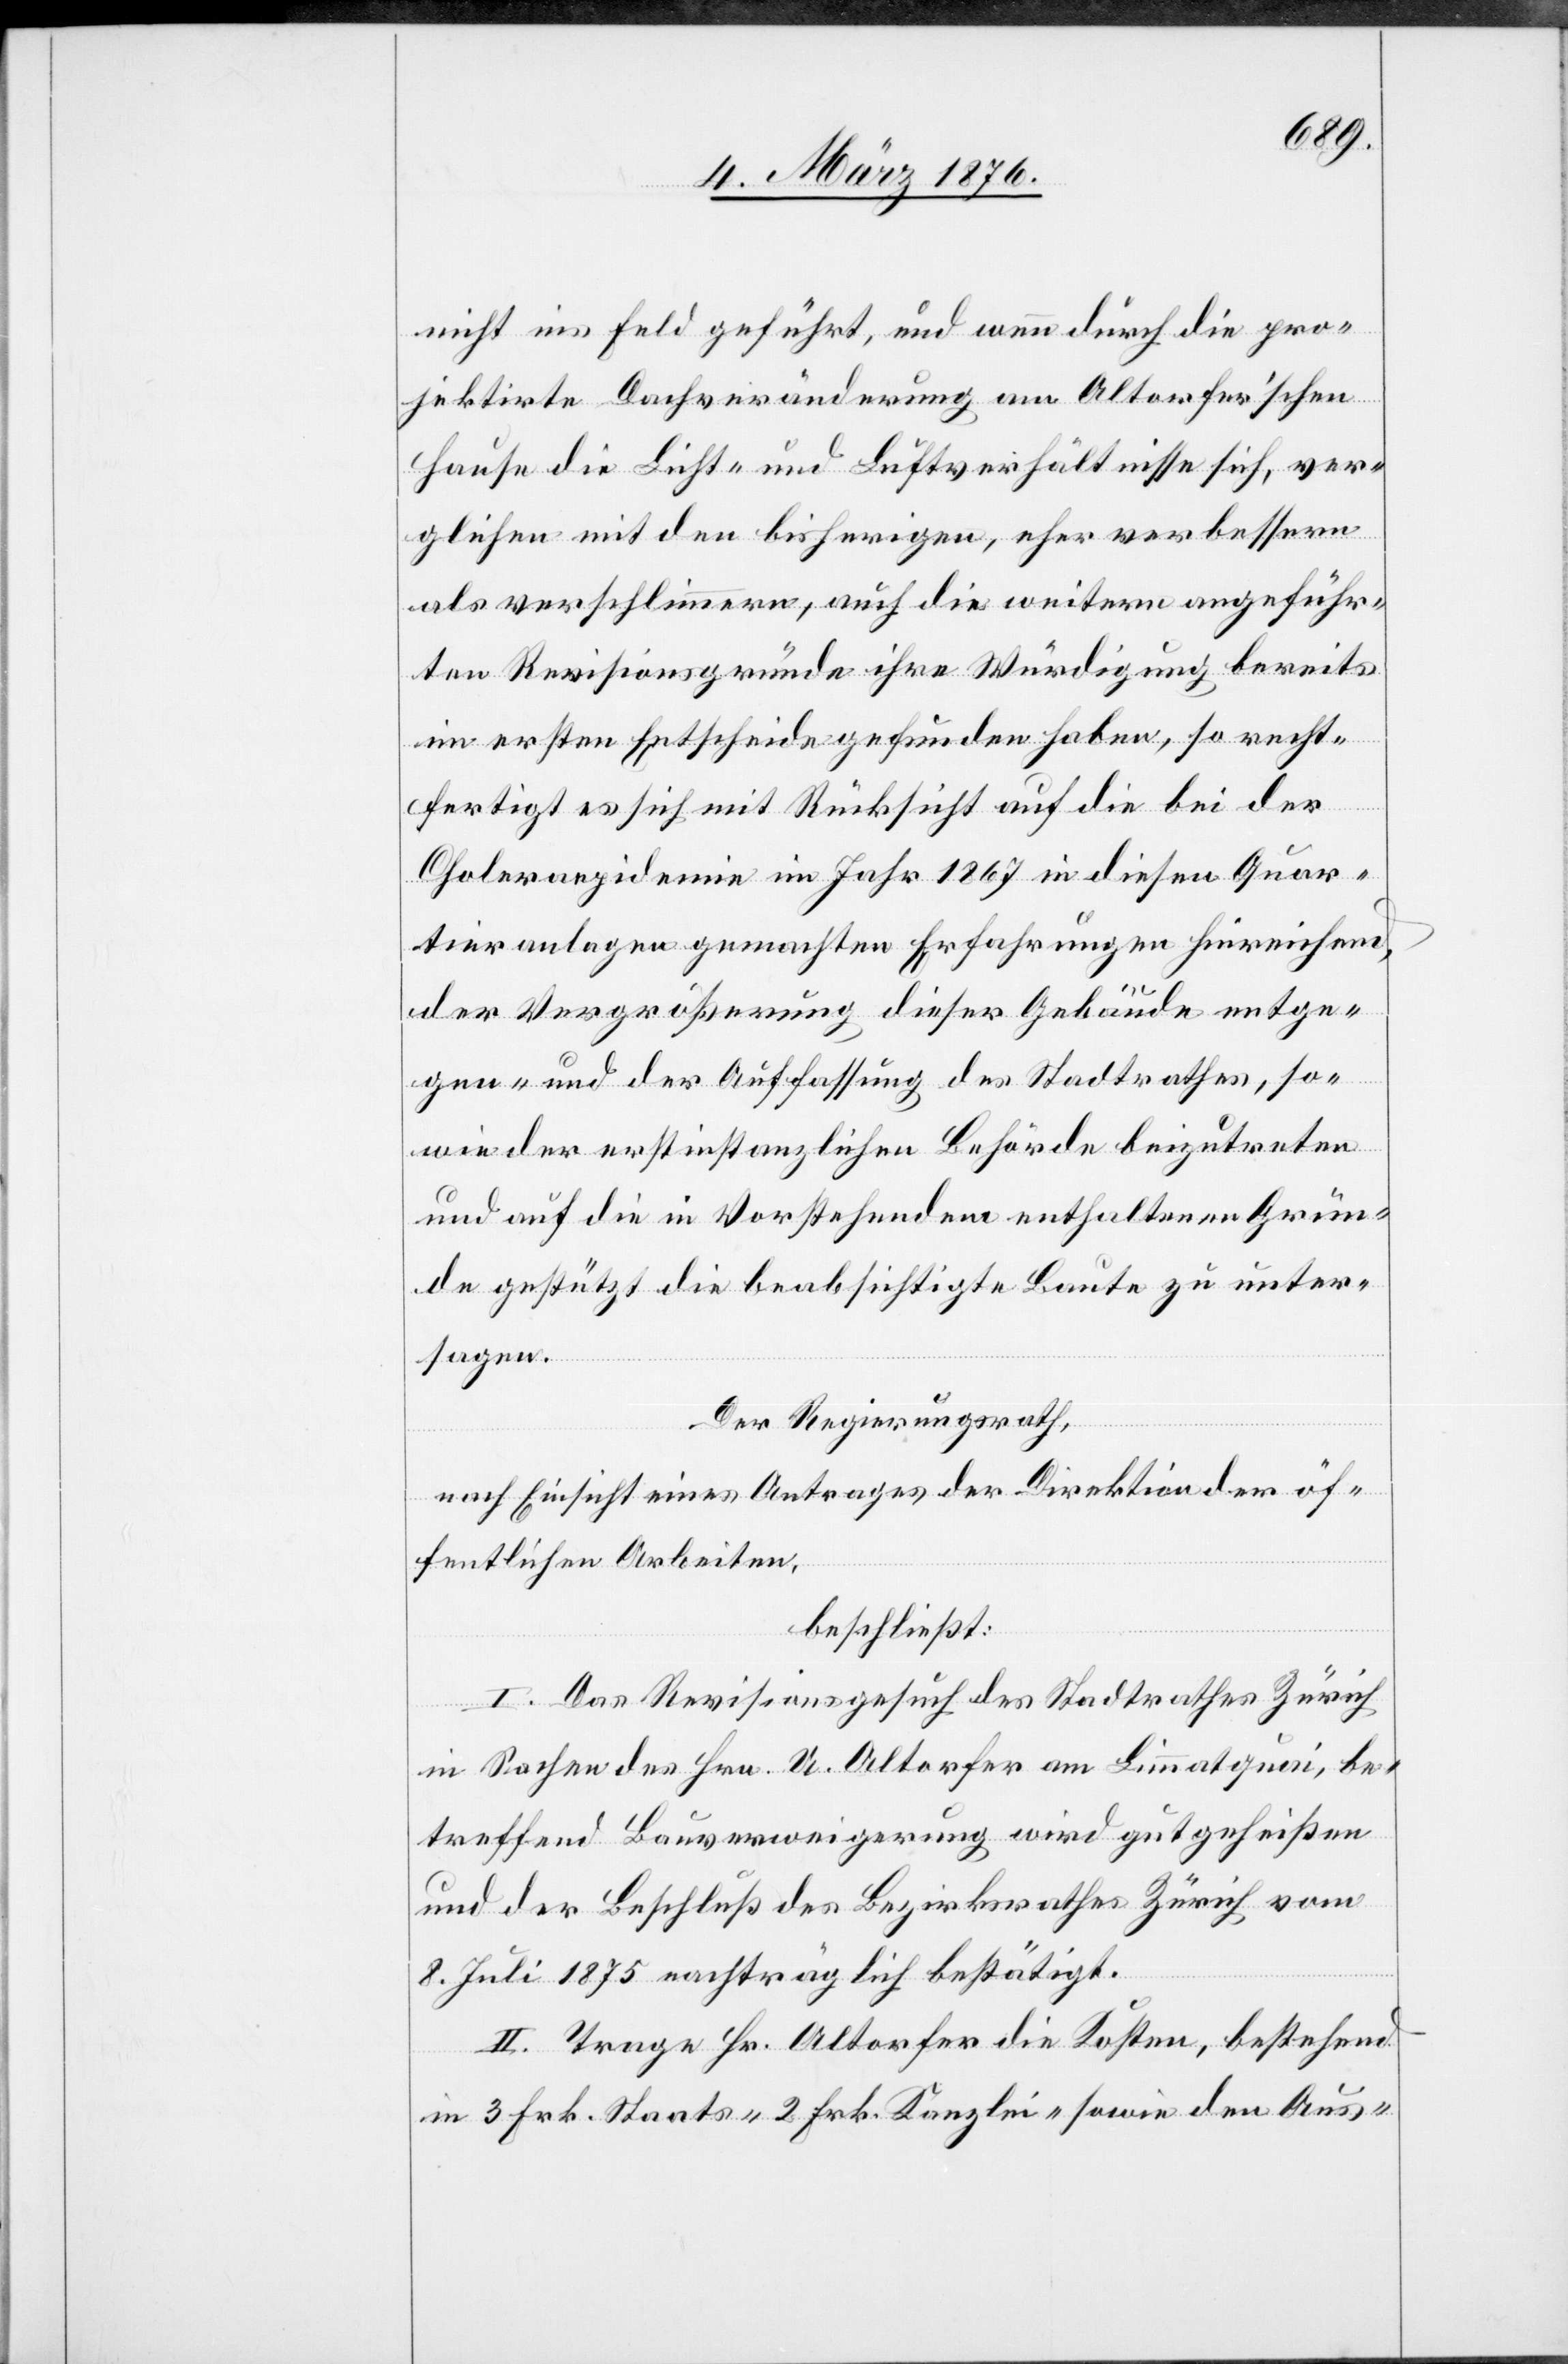
nicht ins Feld geführt, und wenn durch die pro¬
jektirte Dachveränderung am Altorfer’schen
Hause die Licht- und Luftverhältnisse sich, ver¬
glichen mit den bisherigen, eher verbessern
als verschlimmern, auch die weitern angeführ¬
ten Revisionsgründe ihre Würdigung bereits
im ersten Entscheide gefunden haben, so recht¬
fertigt es sich mit Rücksicht auf die bei der
Choleraepidemie im Jahr 1867 in diesen Quar¬
tiranlagen gemachten Erfahrungen hinreichend,
der Vergrößerung dieser Gebäude entge¬
gen- und der Auffassung des Stadtrathes so¬
wie der erstinstanzlichen Behörde beizutreten
und auf die in Vorstehendem enthaltenen Grün¬
de gestützt die beabsichtigte Baute zu unter¬
sagen.
Der Regierungsrath,
nach Einsicht eines Antrages der Direktion der öf¬
fentlichen Arbeiten,
beschließt:
I. Das Revisionsgesuch des Stadtrathes Zürich
in Sachen des Hrn. Altorfer am Limmatquai, be¬
treffend Bauverweigerung wird gutgeheißen
und der Beschluß des Bezirksrathes Zürich vom
8. Juli 1875 nachträglich bestätigt.
II. Trage Hr. Altorfer die Kosten, bestehend
in 3 Frk. Staats- 2 Frk. Kanzlei- sowie den Aus-